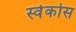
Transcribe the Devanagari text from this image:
स्वेर्कोस